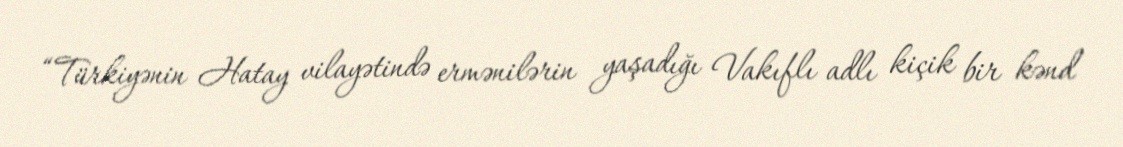
“Türkiyənin Hatay vilayətində ermənilərin yaşadığı Vakıflı adlı kiçik bir kənd